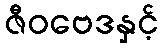
ဇီဝဗေဒနှင့်